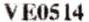
VE0514